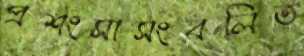
প্রশংসাসংবলিত